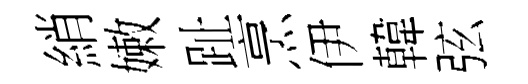
綃嫩趾烹伊韓弦